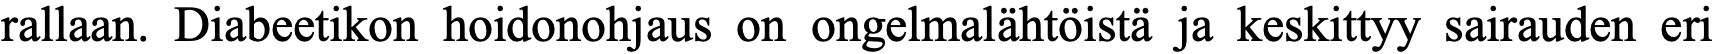
rallaan. Diabeetikon hoidonohjaus on ongelmalähtöistä ja keskittyy sairauden eri